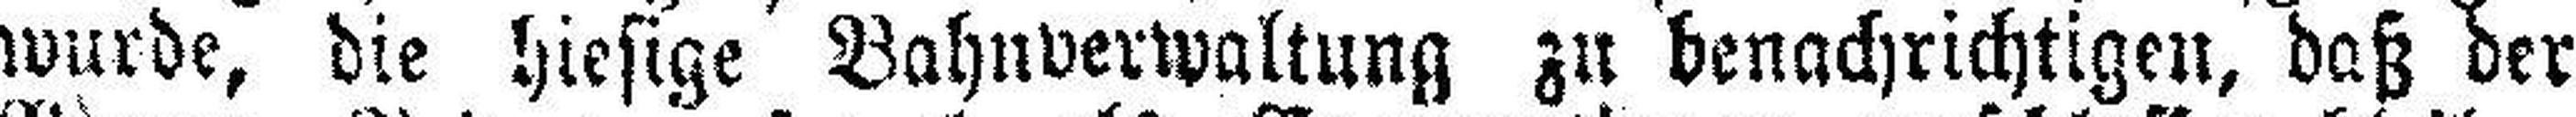
wurde, die hiesige Bahnverwaltung zu benachrichtigen, daß der